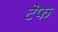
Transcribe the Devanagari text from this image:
टेफ